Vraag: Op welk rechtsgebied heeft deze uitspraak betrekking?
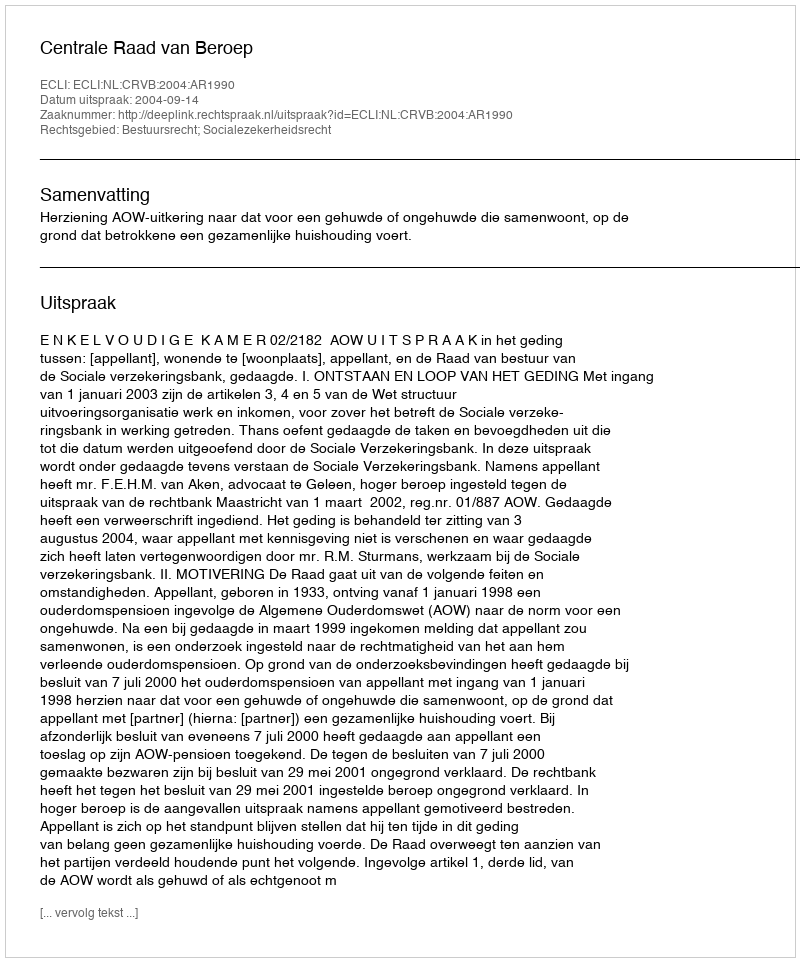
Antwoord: Bestuursrecht; Socialezekerheidsrecht